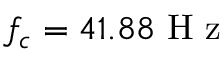
f _ { c } = 4 1 . 8 8 \mathrm { ~ H ~ z ~ }